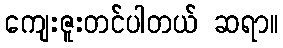
ကျေးဇူးတင်ပါတယ် ဆရာ။